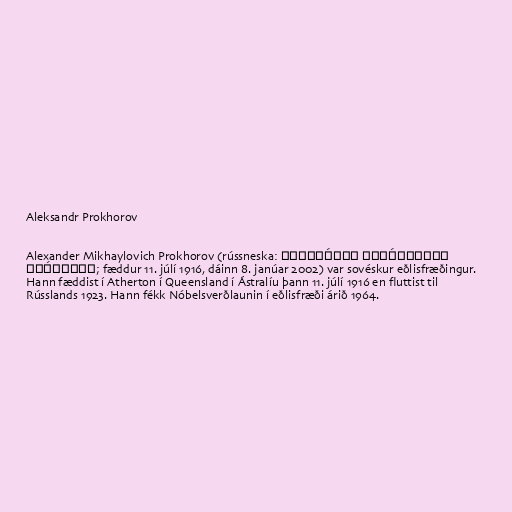
Aleksandr Prokhorov

Alexander Mikhaylovich Prokhorov (rússneska: Алекса́ндр Миха́йлович
Про́хоров; fæddur 11. júlí 1916, dáinn 8. janúar 2002) var sovéskur eðlisfræðingur.
Hann fæddist í Atherton í Queensland í Ástralíu þann 11. júlí 1916 en fluttist til
Rússlands 1923. Hann fékk Nóbelsverðlaunin í eðlisfræði árið 1964.